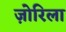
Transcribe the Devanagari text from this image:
ज़ोरिला